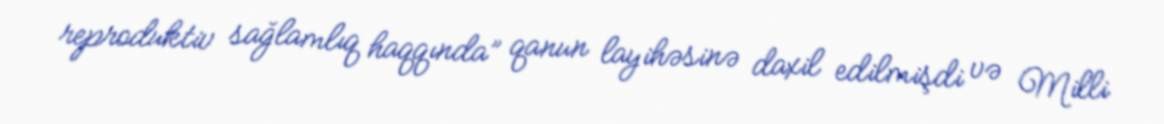
reproduktiv sağlamlıq haqqında” qanun layihəsinə daxil edilmişdi və Milli